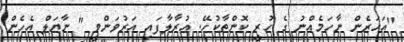
"އަހަރެން ނާހަމެއްނު ގެ ހުރީ ކޮންތާކުހޭ. އުރާލާފައި އަރުވަންވީ " ނާޔަލް އެހެން